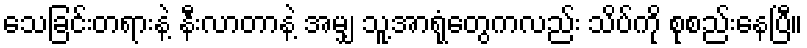
သေခြင်းတရားနဲ့ နီးလာတာနဲ့ အမျှ သူ့အာရုံတွေကလည်း သိပ်ကို စုစည်းနေပြီ။